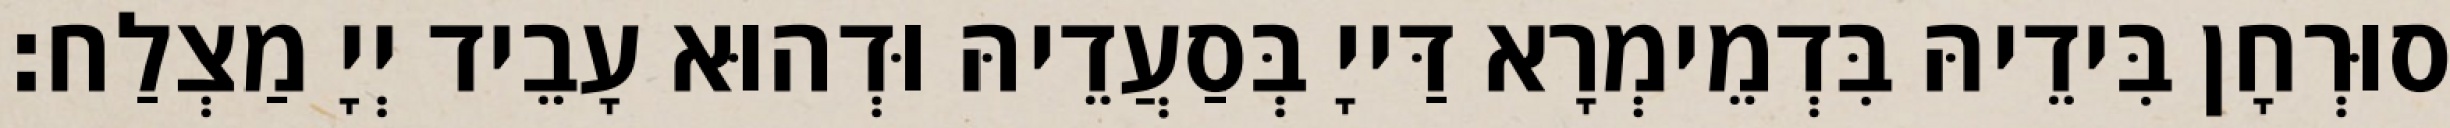
סוּרְחָן בִּידֵיהּ בִּדְמֵימְרָא דַּייָ בְּסַעֲדֵיהּ וּדְהוּא עָבֵיד יְיָ מַצְלַח׃